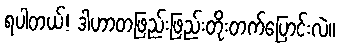
ရပါတယ်! ဒါဟာတဖြည်းဖြည်းတိုးတက်ပြောင်းလဲ။